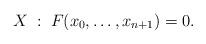
LaTeX: \begin{align*}X \; : \; F(x_0,\dotsc,x_{n+1})=0.\end{align*}